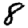
Digit: 8